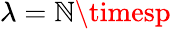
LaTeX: \lambda=\mathbb{N}\timesp